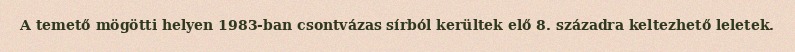
A temető mögötti helyen 1983-ban csontvázas sírból kerültek elő 8. századra keltezhető leletek.